system: You are a helpful assistant.
user:
Analyze the provided spectrum to determine if it is a **Carbon Star (C-type)**.

- **Key Visual Indicators of Carbon Star:**
    - **(Primary):** Strong molecular absorption from **C₂ (diatomic carbon) "Swan Bands."** This is the **defining feature** of a carbon star.
        - **(Key Bandheads):** Sharp absorption edges are visible at approximately $5635$ Å, $5165$ Å (the strongest band), and $4737$ Å.
        - **(Line Profile):** Creates a distinct **"saw-tooth"** pattern. The key morphology is a sharp, steep bandhead on the **red (long-wavelength) side**, which then gradually tapers off (i.e., flux recovers) towards the **blue (short-wavelength) side**. *(This is the direct opposite of the TiO bands seen in M-type stars)*.

    - **(Secondary):** Intense **CN (cyanogen)** molecular absorption bands.
        - **(Key Bandheads):** Located in the blue and violet regions of the spectrum (e.g., near $4215$ Å and $3883$ Å).
        - **(Morphology):** These bands are extremely broad and act as a "blanket," absorbing the vast majority of blue and violet light. This creates a characteristic **"cliff"** or **"steep drop-off"** in the spectrum's flux at short wavelengths.

    - **(Key Confirmation):** Strong **CH absorption band (G-band)**.
        - **(Key Bandhead):** Located around $4300$ Å. The contribution from CH molecules to this band is exceptionally strong.

    - **(Overall Spectrum):**
        - The continuum is severely "chopped up" by these deep molecular bands, especially C₂, rather than appearing as a smooth curve.
        - Due to the heavy CN and C₂ absorption in the blue-green, the vast majority of the star's flux is concentrated in the red part of the spectrum, giving the star its characteristic deep red color.

Think first, call **spectral_visualization_tool** if needed to examine features in detail, then provide your final answer. Your response must adhere to the following strict rules:
1.  **Overall Structure:** Your response must follow the format `<think>...</think> <tool_call>...</tool_call> (if a tool is used) <answer>...</answer>`.
2.  **Tool Usage Constraint:** You may only make **one** tool call per turn.
3.  **Final Answer Format:** In the `<answer>` tag, your conclusion must be inside a `\boxed{}` command (e.g., `\boxed{YES}`), followed by your justification.

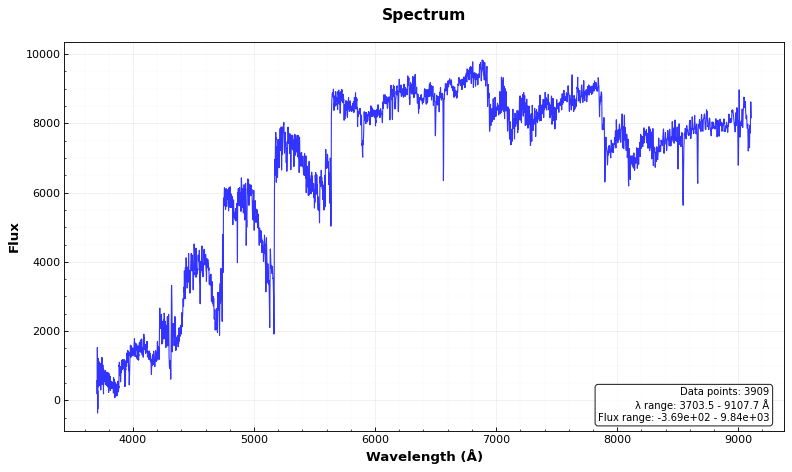
Answer: YES